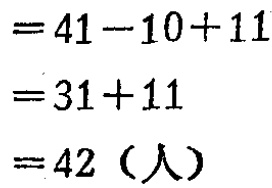
\[
\begin{align*}
&=41 - 10 + 11\\
&=31 + 11\\
&=42（人）
\end{align*}
\]